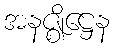
အနဇ္ဈိဋ္ဌေန